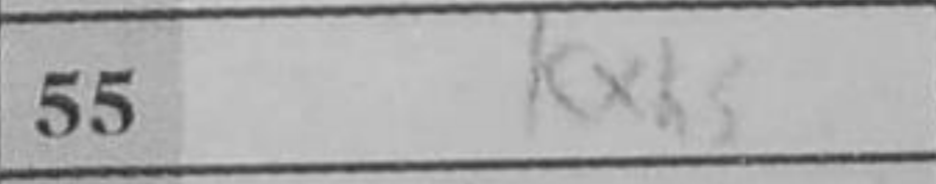
Transcription: Kxh5